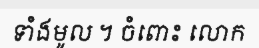
ទាំងមូល ។ ចំពោះ លោក